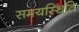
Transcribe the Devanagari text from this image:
समयस्थिति